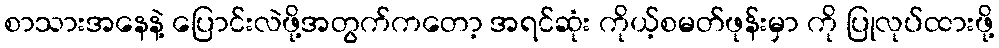
စာသားအနေနဲ့ ပြောင်းလဲဖို့အတွက်ကတော့ အရင်ဆုံး ကိုယ့်စမတ်ဖုန်းမှာ ကို ပြုလုပ်ထားဖို့